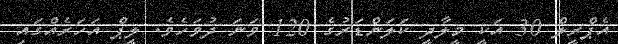
އެޕްރީލް 30 އަކީ މީލާދީ ކަލަންޑަރުގެ 120 ވަނަ ދުވަހެވެ. ލީޕް އަހަރެއްގައި